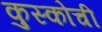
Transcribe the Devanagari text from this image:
कुस्कोची